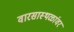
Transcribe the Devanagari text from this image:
वारसास्थळांवर